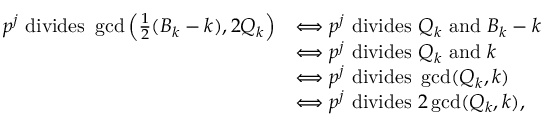
\begin{array} { r l } { p ^ { j } \mathrm { ~ d i v i d e s ~ } \operatorname* { g c d } \left( \frac { 1 } { 2 } ( B _ { k } - k ) , 2 Q _ { k } \right) } & { \Longleftrightarrow p ^ { j } \mathrm { ~ d i v i d e s ~ } Q _ { k } \mathrm { ~ a n d ~ } B _ { k } - k } \\ & { \Longleftrightarrow p ^ { j } \mathrm { ~ d i v i d e s ~ } Q _ { k } \mathrm { ~ a n d ~ } k } \\ & { \Longleftrightarrow p ^ { j } \mathrm { ~ d i v i d e s ~ } \operatorname* { g c d } ( Q _ { k } , k ) } \\ & { \Longleftrightarrow p ^ { j } \mathrm { ~ d i v i d e s ~ } 2 \operatorname* { g c d } ( Q _ { k } , k ) , } \end{array}